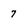
Character: 7